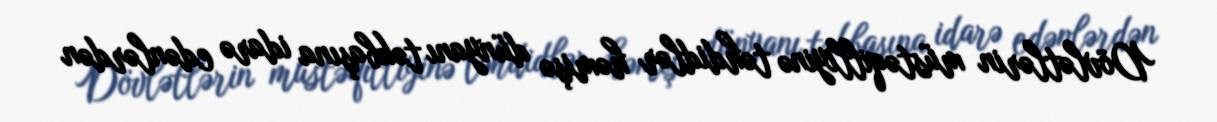
Dövlətlərin müstəqilliyinə təhdidlər həmişə dünyanı təkbaşına idarə edənlərdən